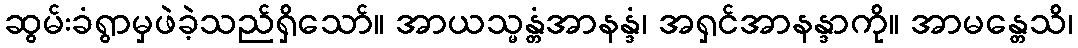
ဆွမ်းခံရွာမှဖဲခဲ့သည်ရှိသော်။ အာယသ္မန္တံအာနန္ဒံ၊ အရှင်အာနန္ဒာကို။ အာမန္တေသိ၊